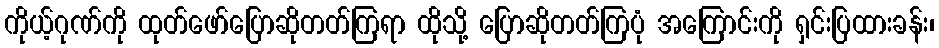
ကိုယ့်ဂုဏ်ကို ထုတ်ဖော်ပြောဆိုတတ်ကြရာ ထိုသို့ ပြောဆိုတတ်ကြပုံ အကြောင်းကို ရှင်းပြထားခန်း၊